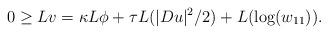
LaTeX: \begin{align*} 0 \geq L v = \kappa L\phi + \tau L(|Du|^2/2) + L(\log(w_{11})). \end{align*}